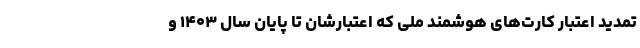
تمدید اعتبار کارت‌های هوشمند ملی که اعتبارشان تا پایان سال ۱۴۰۳ و